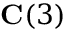
\mathbf { C } ( 3 )